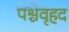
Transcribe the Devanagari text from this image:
पश्चवृहद